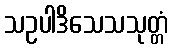
သဥပါဒိသေသသုတ္တံ